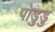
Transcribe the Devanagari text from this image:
पोड़ुडु